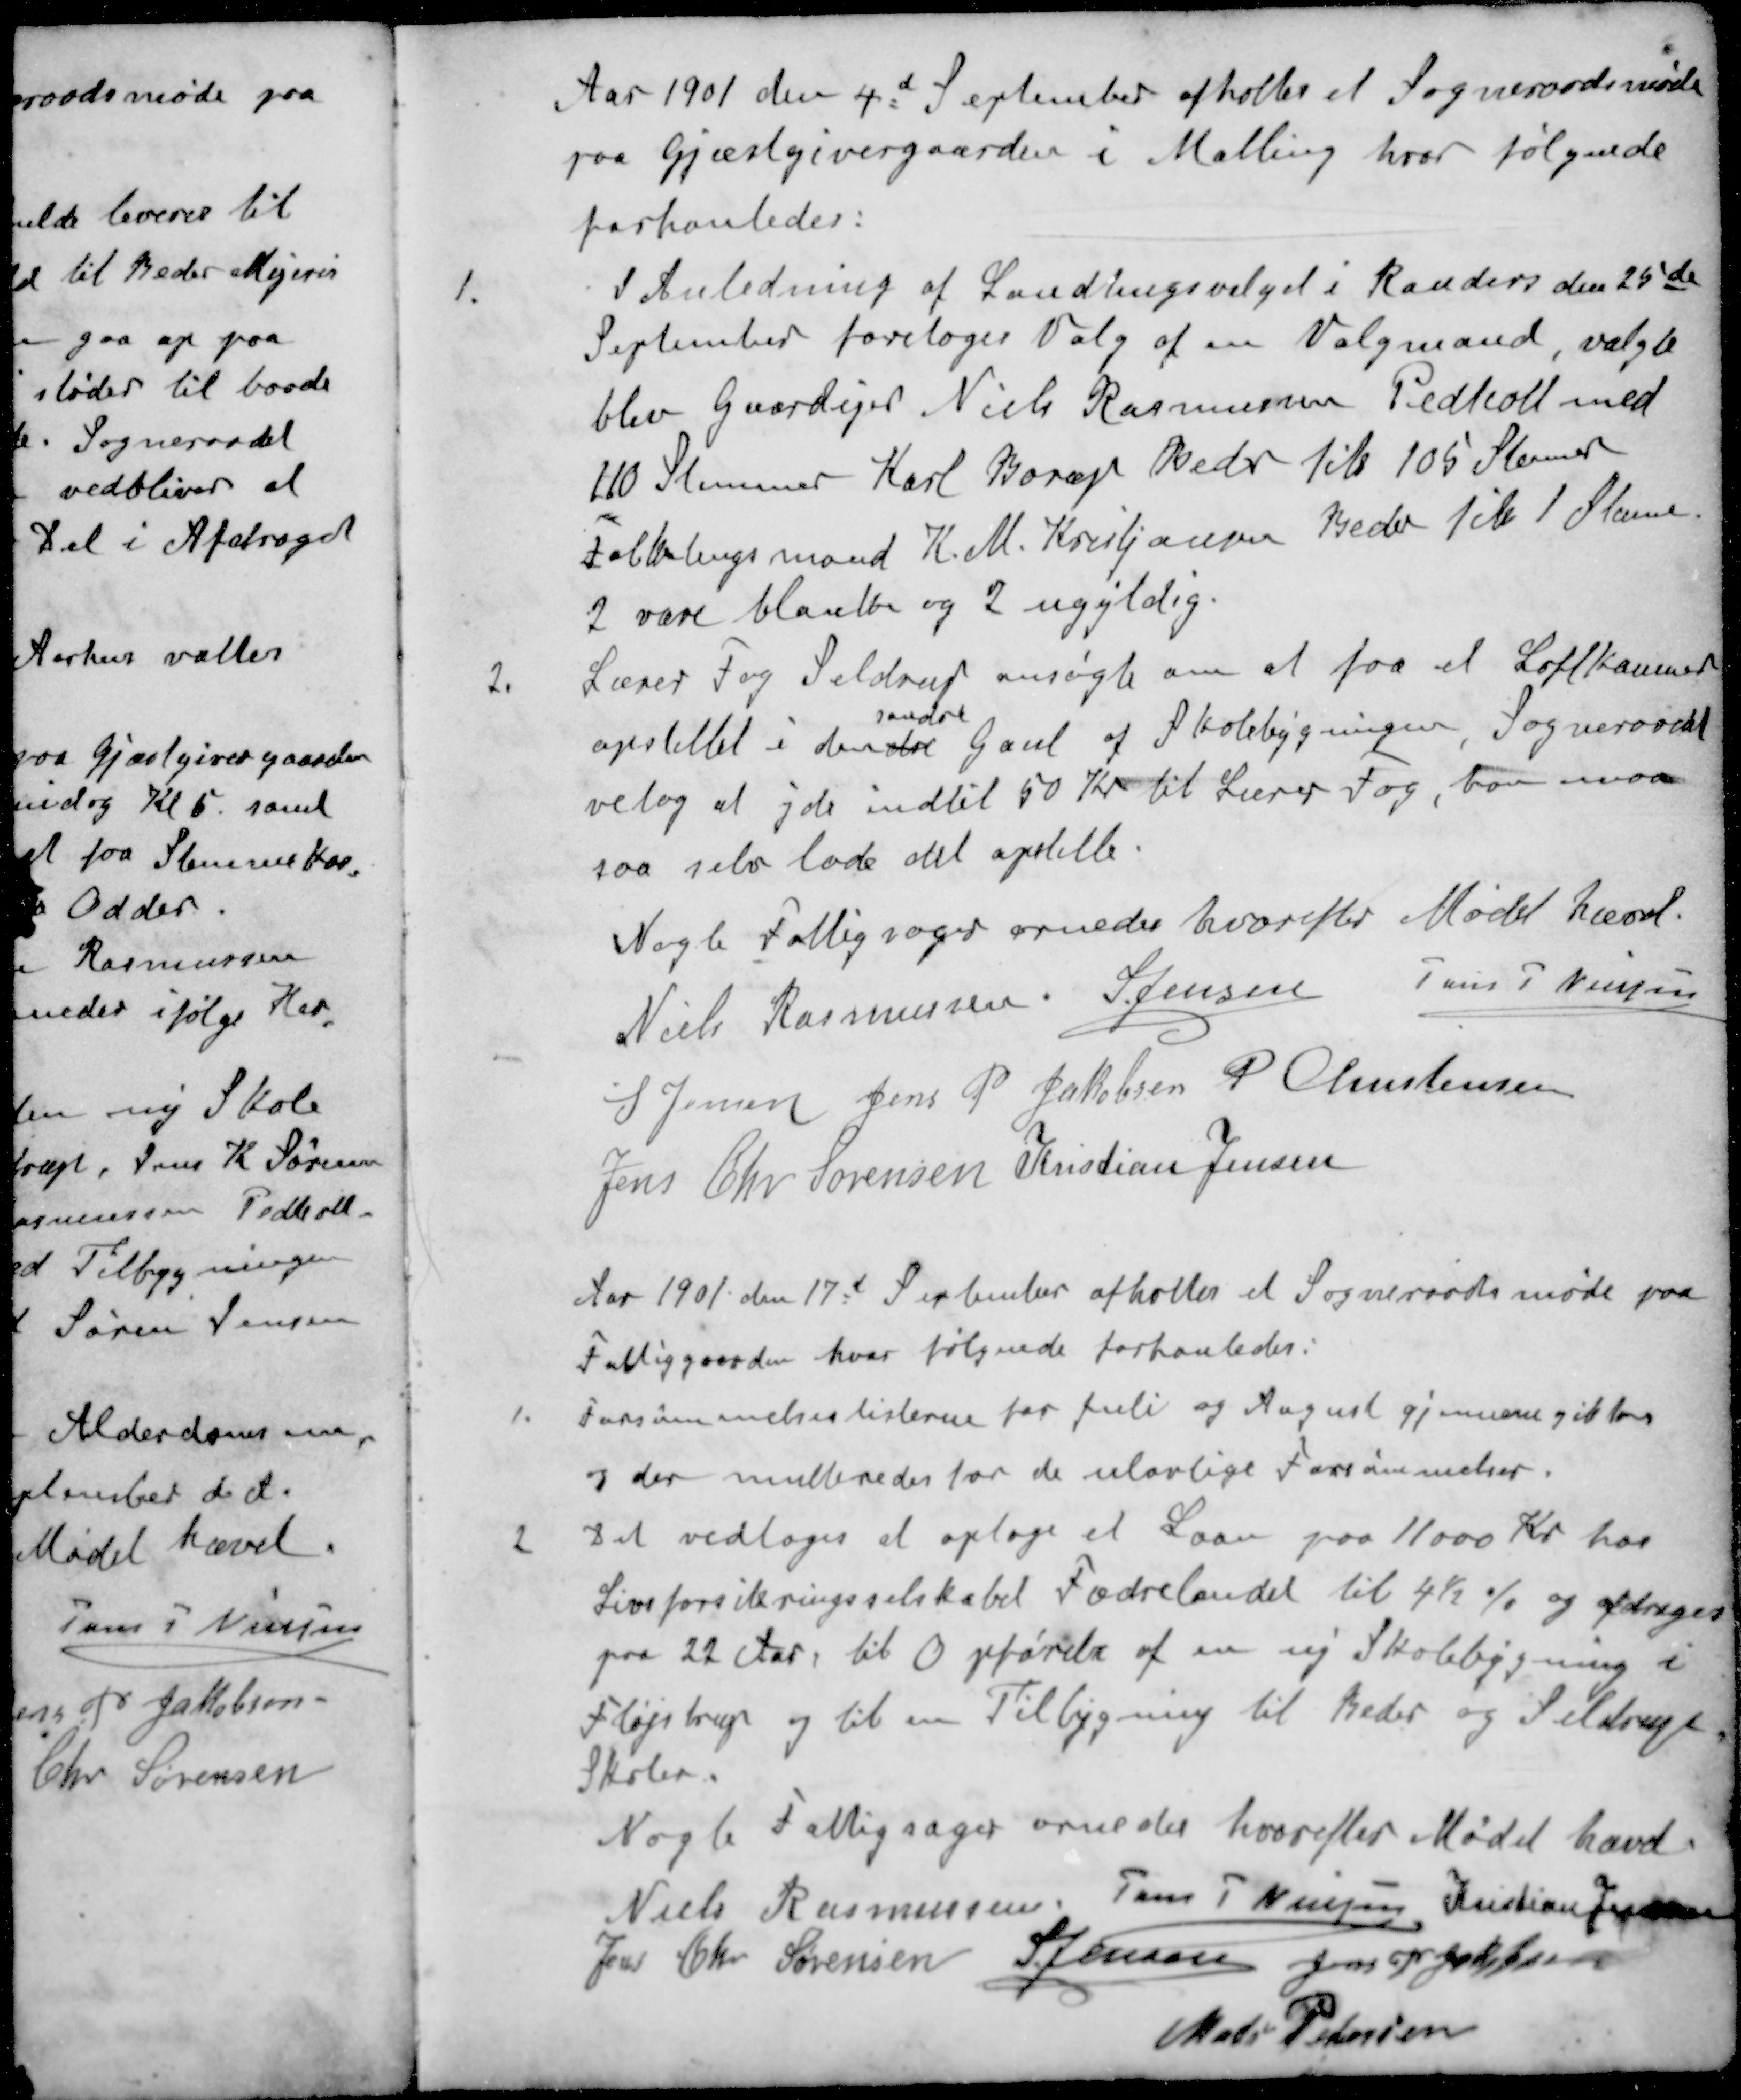
Transskription:
Aar 1901 den 4d September afholtes et Sogneraadsmøde
paa Gjæstgivergaarden i Malling hvor følgende
forhanledes:
1. I Anledning af Landlingsvalget i Randers den 25de
September foretoges Valg af en Valgmand, valgte
blev Gaardejer Niels Rasmussen Pedholt med
110 Stemmer Karl Borup Beder fik 105 Stemmer
Folkelingsmand K. M. Kristiansen Beder til 1 Stemme
2 vare blanke og 2 ugyldig.
2. Lærer Fog Seldrup ansøgte om at faa et Loftkammer
søndre
opstillet i den de Gavl af Skolebygningen, Sogneraadet
vetog at yde indtil 50 Kr. til Lærer Fog, han maa
saa selv lade det opstille.
Nogle Fattigsager ornedes hvorefter Mødet hævet.
Niels Rasmussen
S Jensen
Jens P Nielsen
S Jensen
Jens P Jakobsen
P Christensen
Jens Chr. Sørensen
Kristian Jensen
Aar 1901 den 17d September afholtes et Sogneraadsmøde paa
Fattiggaarden hvor følgende forhanledes:
1. Forsømmelseslisterne for Juli og August gjennemgikkes
og der multeredes for de ulovlige Forsømmelser.
2 Det vedtoges at optage et Laan paa 11000 Kr. hos
Livsforsikringsselskabet Fædrelandet til 4½ % og afrages
paa 22 Aar, til Opførelse af en ny Skolebygning i
Fløjstrup og til en Tilbygning til Beder og Seldrup
Skoler.
Nogle Fattigsager ornedes hvorefter Mødet hævet
Niels Rasmussen
Jens P Nielsen
Kristian Jensen
Jens Chr Sørensen 
S Jensen
Jens P Jakobsen
Mads Pedersen